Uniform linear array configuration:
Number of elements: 12
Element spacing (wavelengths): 0.25
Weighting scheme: blackman
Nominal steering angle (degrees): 45
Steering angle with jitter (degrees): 45.333
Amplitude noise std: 0.05
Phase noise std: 0.05

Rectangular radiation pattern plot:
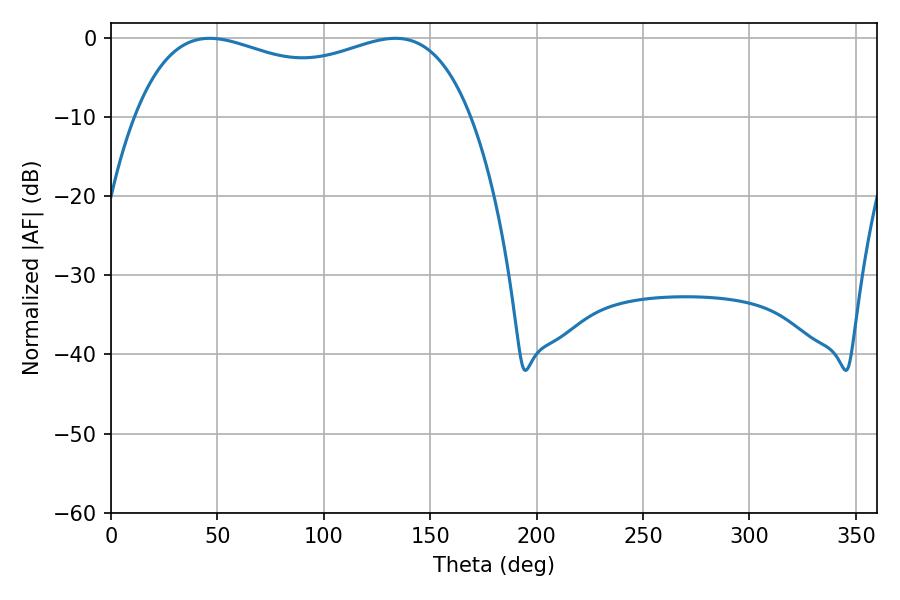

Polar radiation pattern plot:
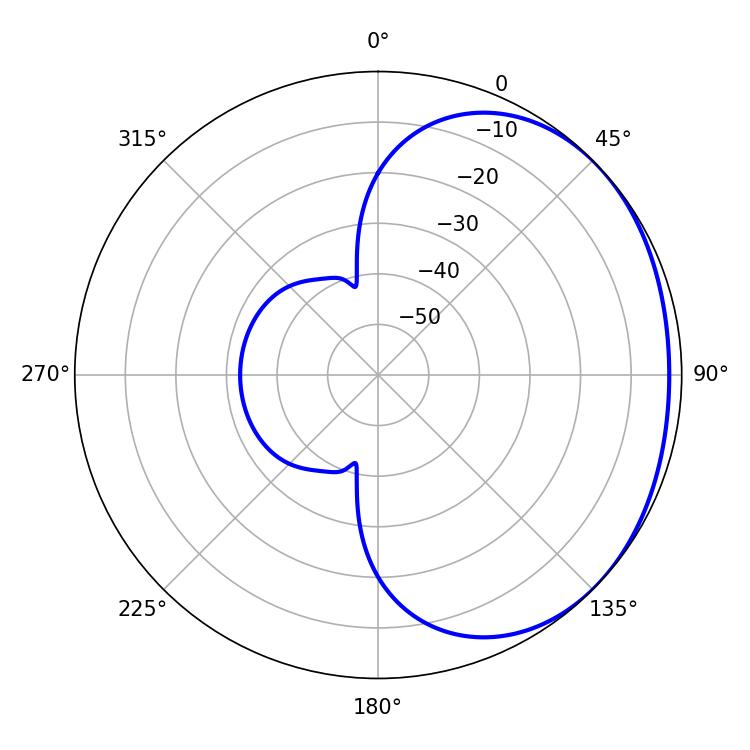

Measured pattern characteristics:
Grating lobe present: FALSE
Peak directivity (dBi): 1.429
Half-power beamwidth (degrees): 129.96
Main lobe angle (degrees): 46.44